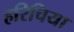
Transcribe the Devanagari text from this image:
हरिचिया